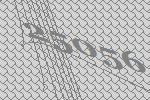
25056